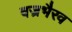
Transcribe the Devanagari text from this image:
वज्रभैरव